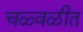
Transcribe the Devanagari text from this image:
चळ्वळीत